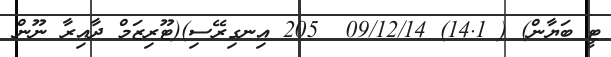
ޓީ ބަޔާން) ( 14.1) 09/12/14  205 އިނގިރޭސި)(ޓޫރިޒަމް ދާއިރާ ނޫން